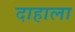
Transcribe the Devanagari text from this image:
दाहाला